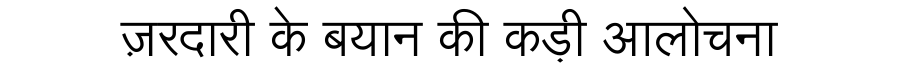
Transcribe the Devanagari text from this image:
ज़रदारी के बयान की कड़ी आलोचना